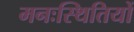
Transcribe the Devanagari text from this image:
मनःस्थितियों